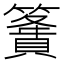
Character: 𥴶